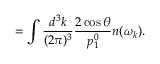
= \int \frac { d ^ { 3 } k } { ( 2 \pi ) ^ { 3 } } \frac { 2 \cos { \theta } } { p _ { 1 } ^ { 0 } } n ( \omega _ { k } ) .